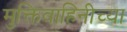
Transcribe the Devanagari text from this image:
मुक्तिवाहिनीच्या